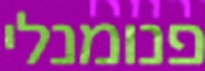
פנומנלי